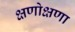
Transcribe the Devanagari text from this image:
क्षणोक्षणा